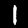
Label: 1